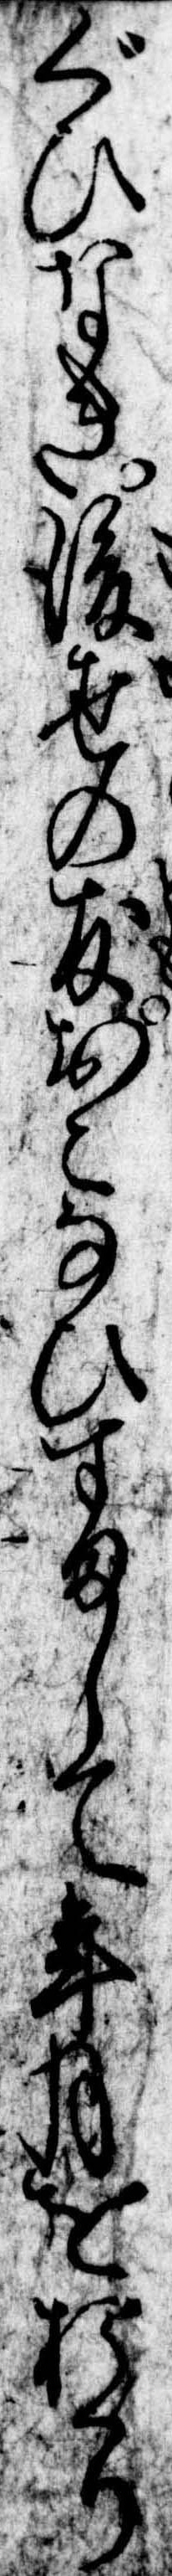
ぐひなき後世の友おこなひすまして年月をおくり